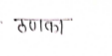
मजकूर: ठणका